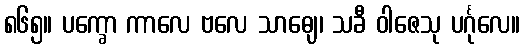
၈၆၅။ ပက္ခော ကာလေ ဗလေ သာဓျေ၊ သခီ ဝါဇေသု ပင်္ဂုလေ။